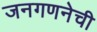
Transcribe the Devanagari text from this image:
जनगणनेची